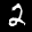
Label: 2